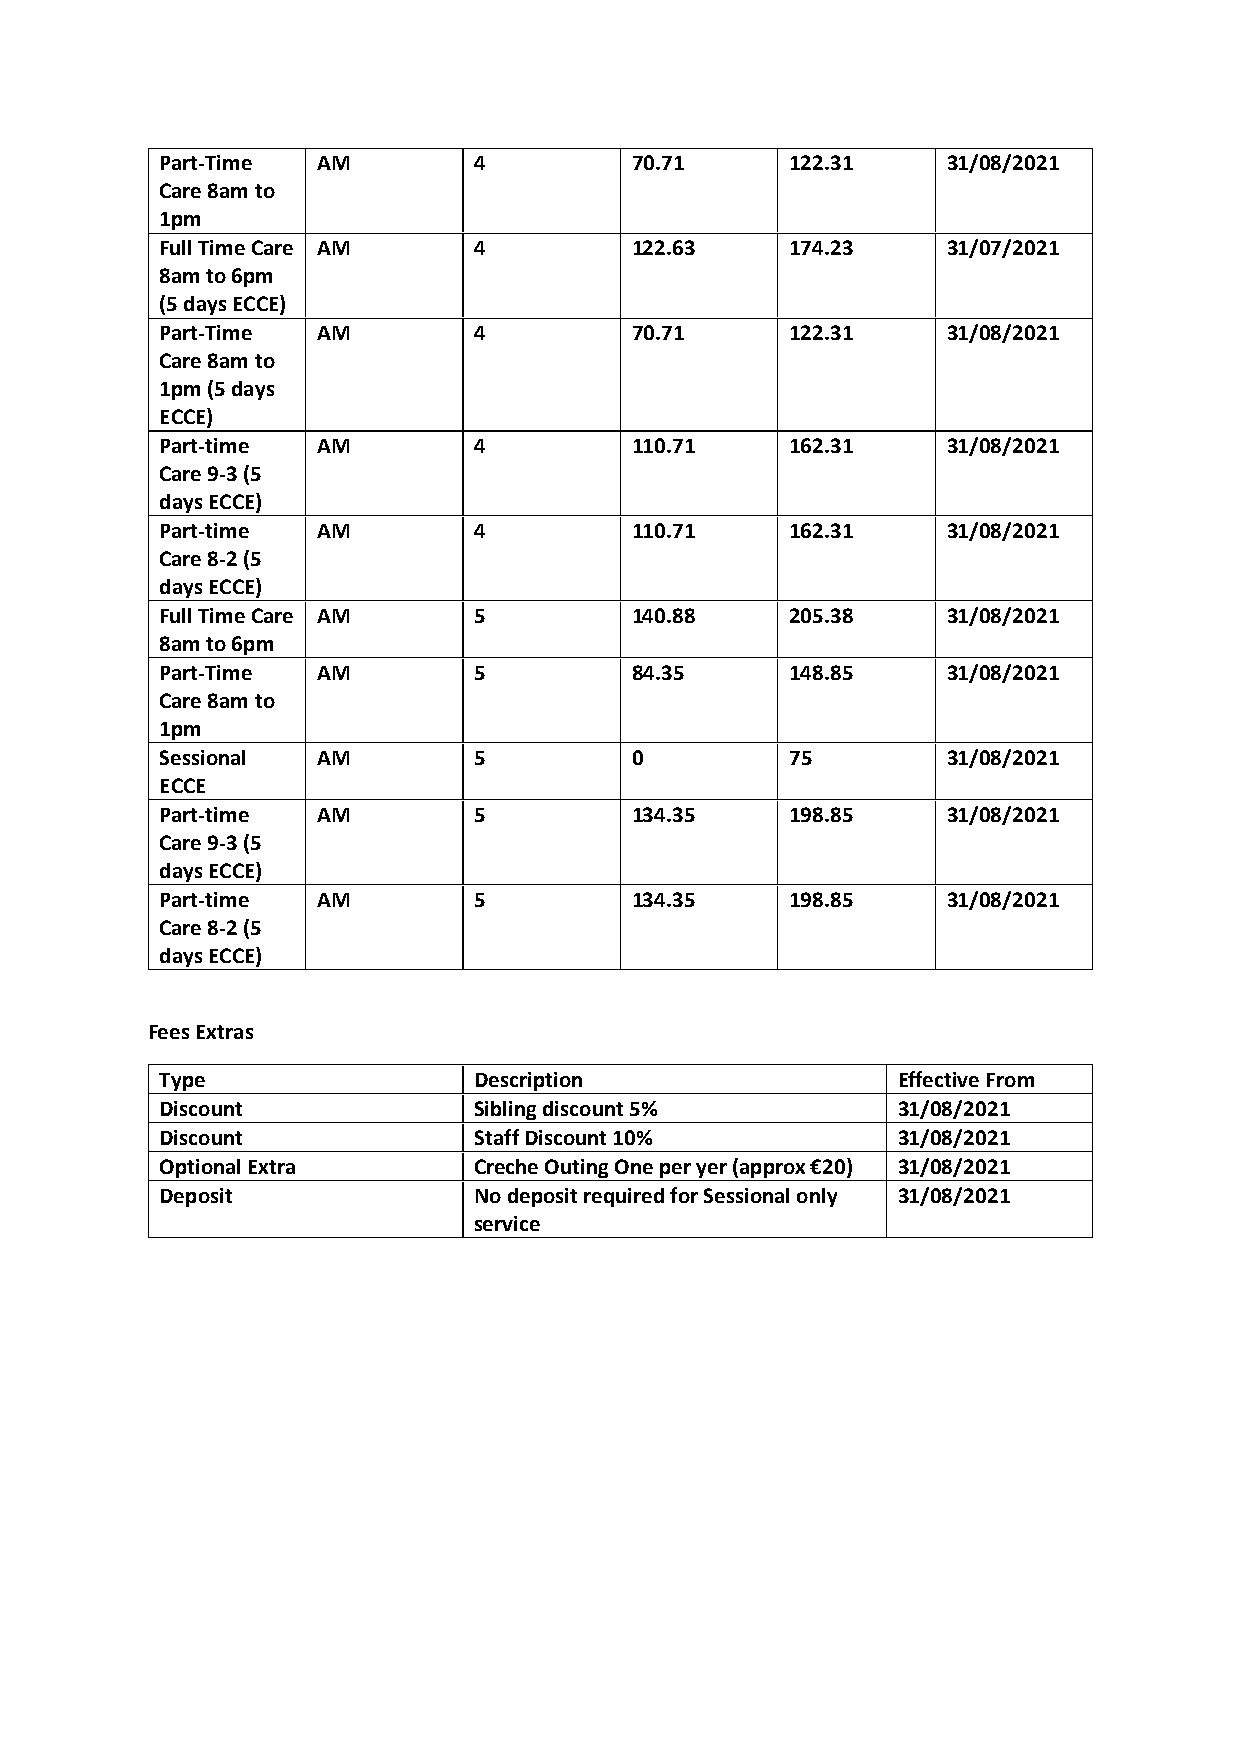
Part-Time AM        4          70.71     122.31     31/08/2021
 Care 8am to
 1pm
 Full Time Care AM   4          122.63    174.23     31/07/2021
 8am to 6pm
 (5 days ECCE)
 Part-Time AM        4          70.71     122.31     31/08/2021
 Care 8am to
 1pm (5 days
 ECCE)
 Part-time AM        4          110.71    162.31     31/08/2021
 Care 9-3 (5
 days ECCE)
 Part-time AM        4          110.71    162.31     31/08/2021
 Care 8-2 (5
 days ECCE)
 Full Time Care AM   5          140.88    205.38     31/08/2021
 8am to 6pm
 Part-Time AM        5          84.35     148.85     31/08/2021
 Care 8am to
 1pm
 Sessional AM        5          0         75         31/08/2021
 ECCE
 Part-time AM        5          134.35    198.85     31/08/2021
 Care 9-3 (5
 days ECCE)
 Part-time AM        5          134.35    198.85     31/08/2021
 Care 8-2 (5
 days ECCE)
 Fees Extras
 Type                Description                 Effective From
 Discount            Sibling discount 5%         31/08/2021
 Discount            Staff Discount 10%          31/08/2021
 Optional Extra      Creche Outing One per yer (approx €20) 31/08/2021
 Deposit             No deposit required for Sessional only 31/08/2021
 service